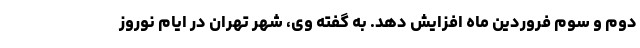
دوم و سوم فروردین ماه افزایش دهد. به گفته وی، شهر تهران در ایام نوروز